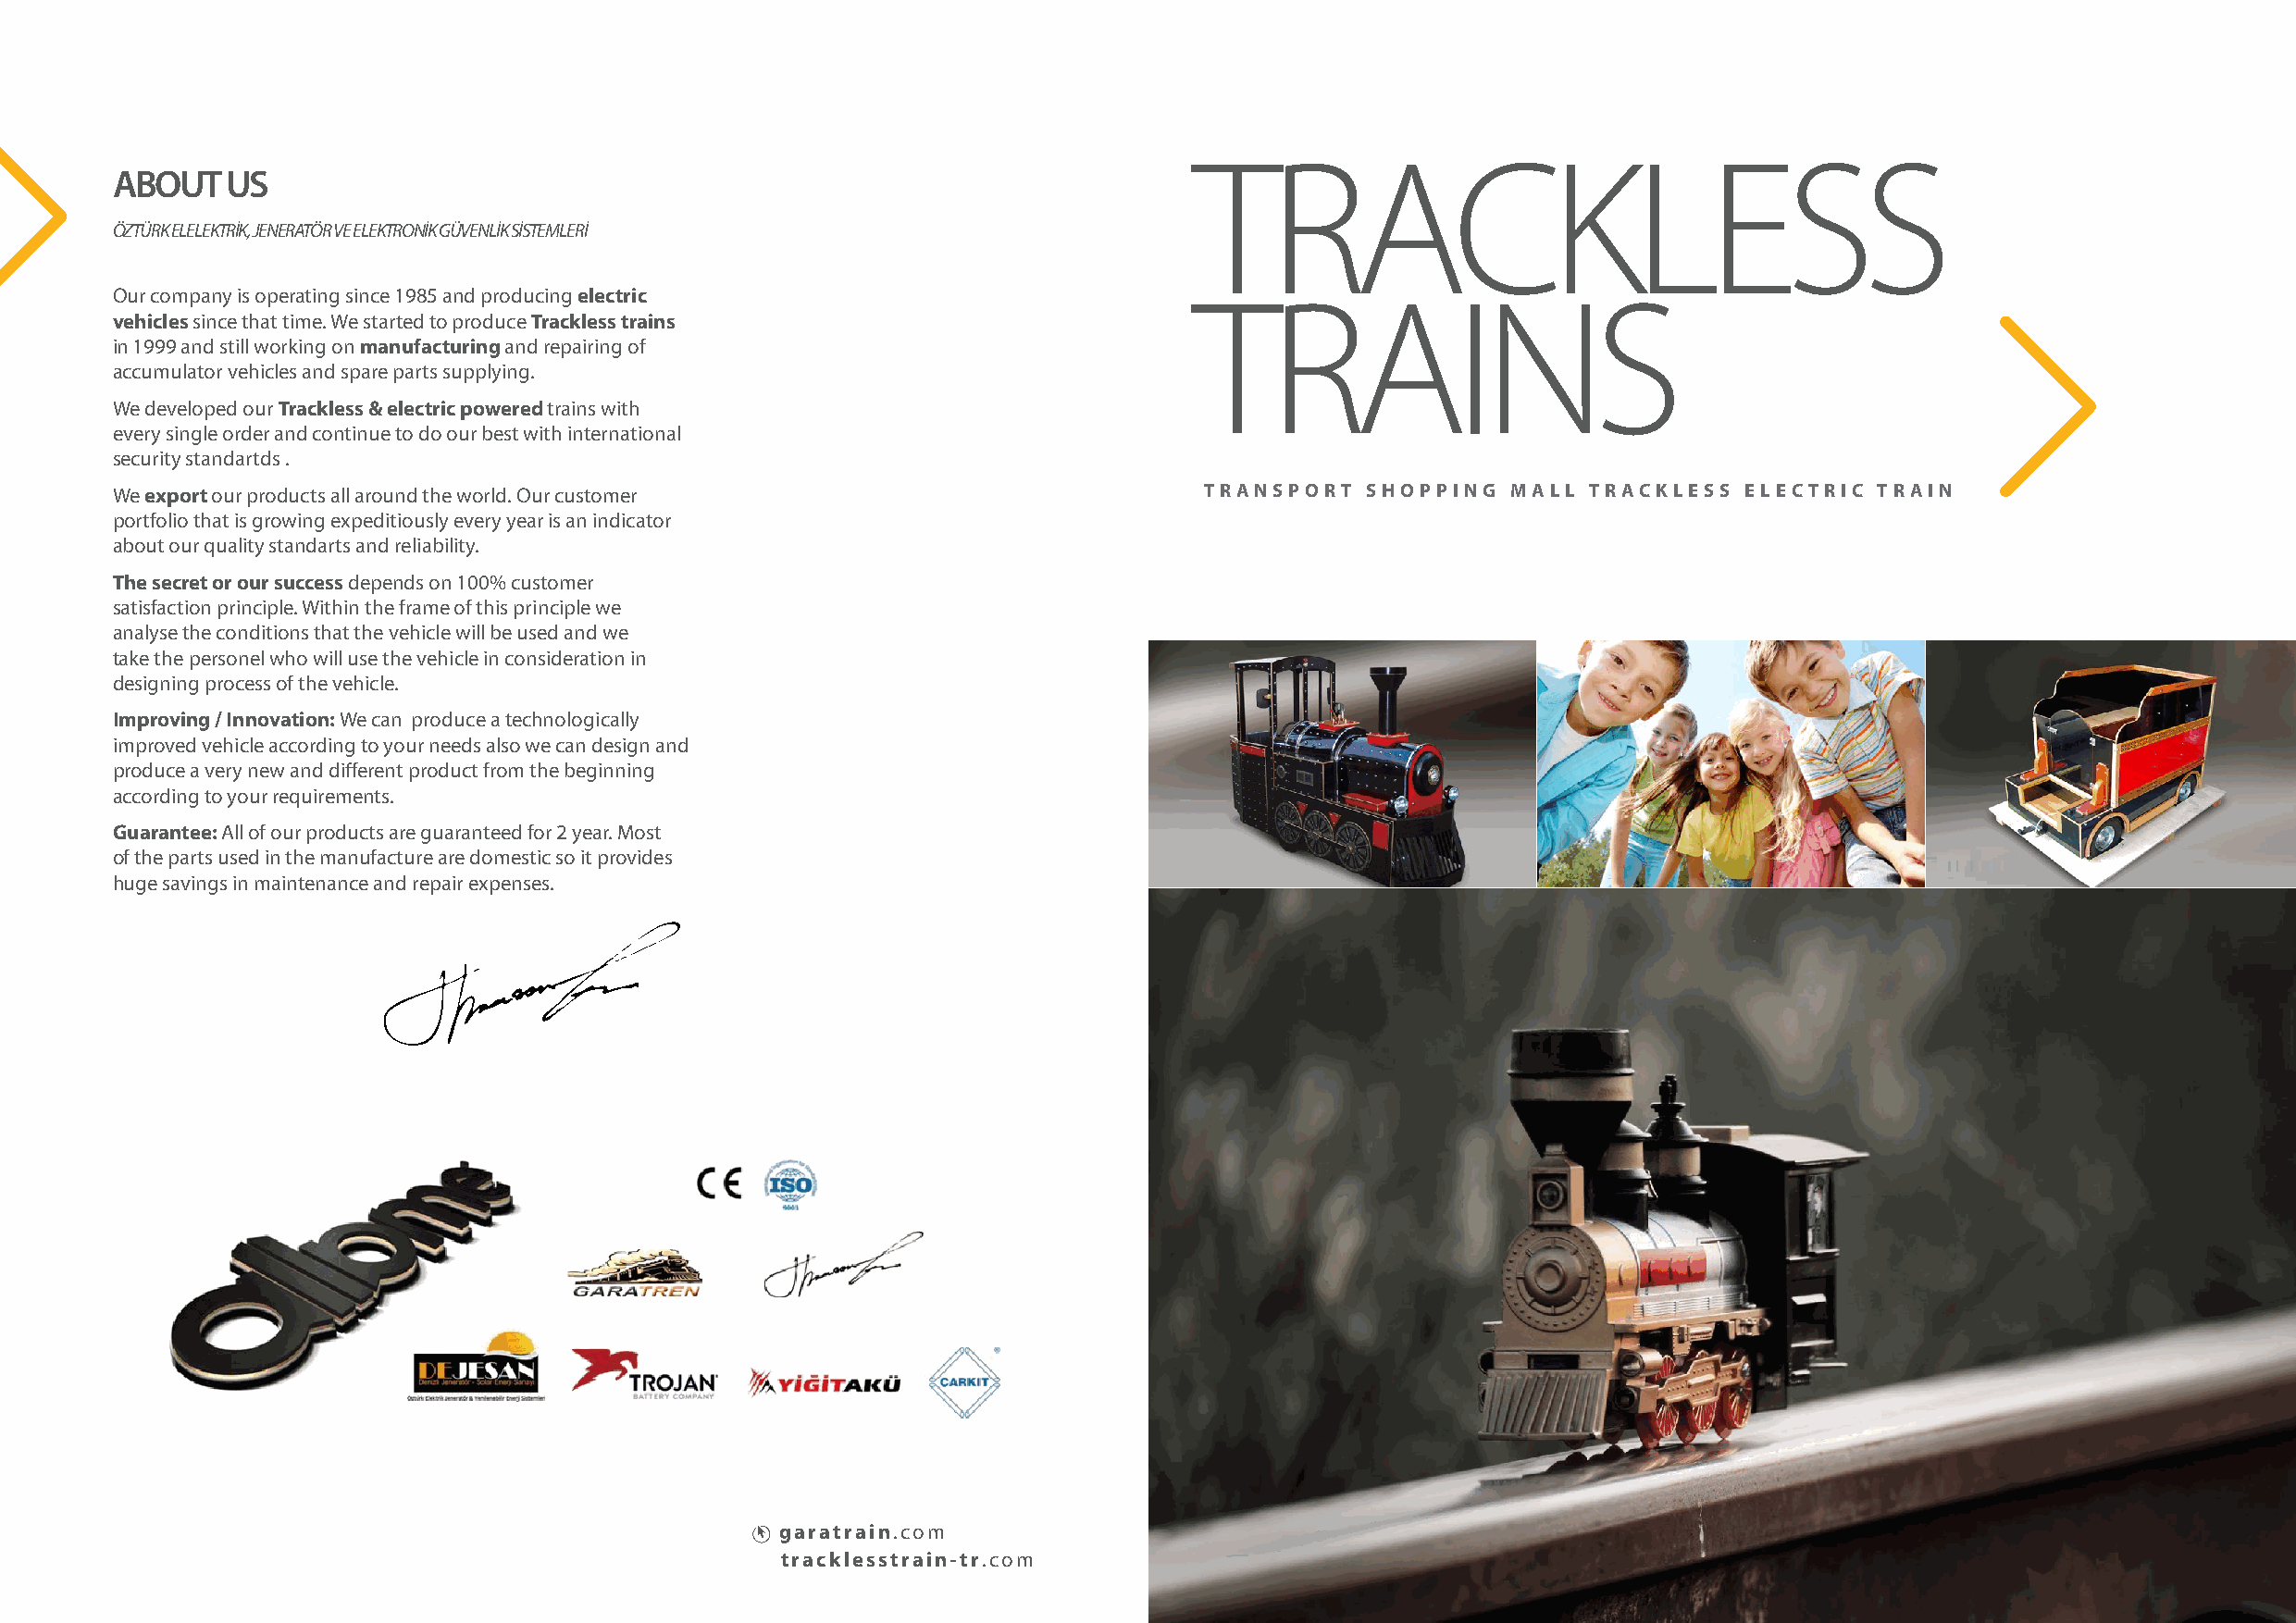
TRACKLESS
 ABOUT   US
 ÖZTÜRK ELELEKTRİK, JENERATÖR VE ELEKTRONİK GÜVENLİK SİSTEMLERİ
 Our company is operating since 1985 and producing electric                   TRAINS
 vehicles since that time. We started to produce Trackless trains
 in 1999 and still working on manufacturing and repairing of
 accumulator vehicles and spare parts supplying.
 We developed our Trackless & electric powered trains with
 every single order and continue to do our best with international
 security standartds .
 We export our products all around the world. Our customer                     TRANSPORT   SHOPPING  MALL  TRACKLESS  ELECTRIC TRAIN
 portfolio that is growing expeditiously every year is an indicator
 about our quality standarts and reliability.
 The secret or our success depends on 100% customer
 satisfaction principle. Within the frame of this principle we
 analyse the conditions that the vehicle will be used and we
 take the personel who will use the vehicle in consideration in
 designing process of the vehicle.
 Improving / Innovation: We can produce a technologically
 improved vehicle according to your needs also we can design and
 produce a very new and different product from the beginning
 according to your requirements.
 Guarantee: All of our products are guaranteed for 2 year. Most
 of the parts used in the manufacture are domestic so it provides
 huge savings in maintenance and repair expenses.
 garatrain.com
 tracklesstrain-tr.com